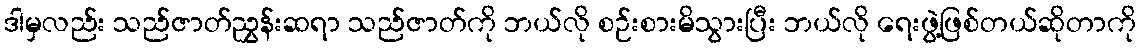
ဒါမှလည်း သည်ဇာတ်ညွှန်းဆရာ သည်ဇာတ်ကို ဘယ်လို စဉ်းစားမိသွားပြီး ဘယ်လို ရေးဖွဲ့ဖြစ်တယ်ဆိုတာကို